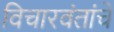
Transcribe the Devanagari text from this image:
विचारवंतांचे